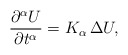
\begin{align*}\frac{\partial^{\alpha} U}{\partial t^{\alpha}} = K_{\alpha}\,\Delta U,\end{align*}